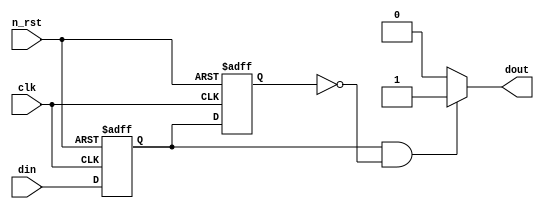
module edge_detector(
  clk,
  n_rst,
  din,
  dout
  );
  
  input clk;
  input n_rst;
  
  input din;
  output dout;
  
  reg d1;
  reg d2;
  
  always @(posedge clk or negedge n_rst) begin
    if (!n_rst) begin
      d1 <= 1'b0;
      d2 <= 1'b0;
    end
    else begin
      d1 <= din;
      d2 <= d1;
    end
  end
  
  assign dout = ((d1 == 1'b1) && (d2 == 1'b0))? 1'b1 : 1'b0;
  
  
endmodule